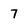
Character: 7